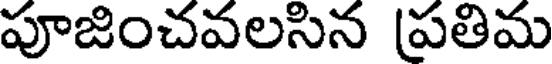
పూజించవలసిన ప్రతిమ